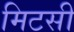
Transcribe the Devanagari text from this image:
मिटसी